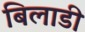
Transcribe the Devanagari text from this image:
बिलाडी